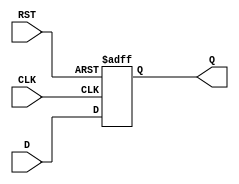
module input_register (
    input wire [N-1:0] D,    // Data input
    input wire CLK,           // Clock input
    input wire RST,           // Reset input
    output reg [N-1:0] Q      // Data output
);
    parameter N = 8;          // Parameter for data width, can be adjusted as needed

    // Asynchronous reset and clock edge sampling
    always @(posedge CLK or posedge RST) begin
        if (RST) begin
            Q <= {N{1'b0}};    // Reset output to 0
        end else begin
            Q <= D;            // Capture input data on clock edge
        end
    end
endmodule